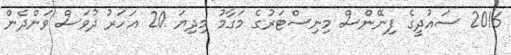
2016 ސައުދީގެ ފިނޭންސް މިނިސްޓަރުގެ މަގާމު މިދިޔަ 20 އަހަރު ދުވަސް ވަންދެން